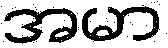
အမာ